Annual administration report of the Civil Veterinary Department of India - 1894-1895
Year: 1894
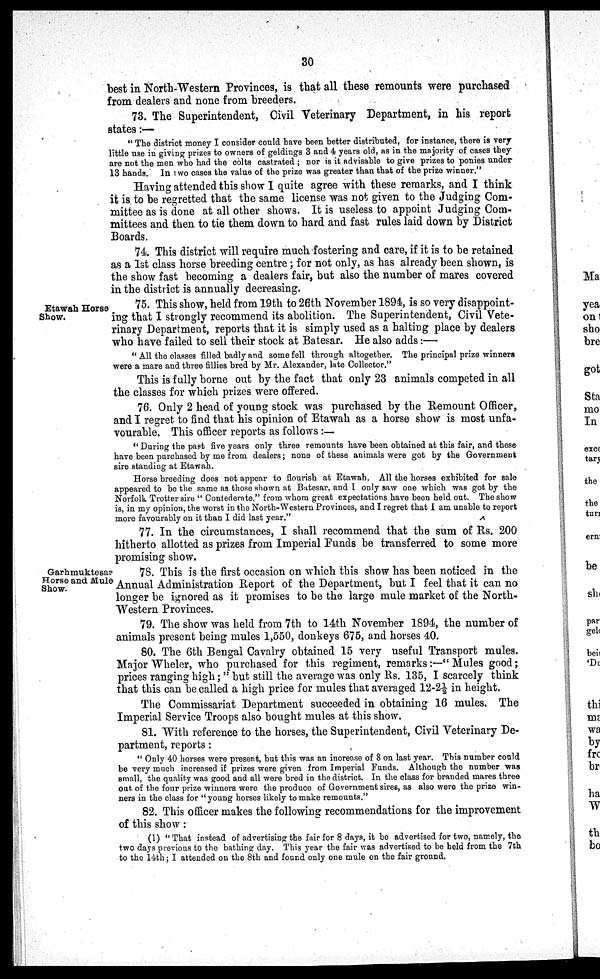
30
best in North-Western Provinces, is that all these remounts were purchased
from dealers and none from breeders.
73. The Superintendent, Civil Veterinary Department, in his report
states:—
" The district money I consider could have been better distributed, for instance, there is very
little use in giving prizes to owners of geldings 3 and 4 years old, as in the majority of cases they
are not the men who had the colts castrated ; nor is it advisable to give prizes to ponies under
13 hands. In two cases the value of the prize was greater than that of the prize winner."
Having attended this show I quite agree with these remarks, and I think
it is to be regretted that the same license was not given to the Judging Com-
mittee as is done at all other shows. It is useless to appoint Judging Com-
mittees and then to tie them down to hard and fast rules laid down by District
Boards.
74. This district will require much fostering and care, if it is to be retained
as a 1st class horse breeding centre ; for not only, as has already been shown, is
the show fast becoming a dealers fair, but also the number of mares covered
in the district is annually decreasing.
Etawah Horse
Show.
75. This show, held from 19th to 26th November 1894, is so very disappoint-
ing that I strongly recommend its abolition. The Superintendent, Civil Vete-
rinary Department, reports that it is simply used as a halting place by dealers
who have failed to sell their stock at Batesar. He also adds:—
" All the classes filled badly and some fell through altogether. The principal prize winners
were a mare and three fillies bred by Mr. Alexander, late Collector."
This is fully borne out by the fact that only 23 animals competed in all
the classes for which prizes were offered.
76. Only 2 head of young stock was purchased by the Remount Officer,
and I regret to find that his opinion of Etawah as a horse show is most unfa-
vourable. This officer reports as follows :—
" During the past five years only three remounts have been obtained at this fair, and these
have been purchased by me from dealers; none of these animals were got by the Government
sire standing at Etawah.
Horse breeding does not appear to flourish at Etawah. All the horses exhibited for sale
appeared to be the same as those shown at Batesar, and I only saw one which was got by the
Norfolk Trotter sire " Contederate," from whom great expectations have been held out. The show
is, in my opinion, the worst in the North-Western Provinces, and I regret that I am unable to report
more favourably on it than I did last year."
77. In the circumstances, I shall recommend that the sum of Rs. 200
hitherto allotted as prizes from Imperial Funds be transferred to some more
promising show.
Garhmuktesar
Horse and Mule
Show.
78. This is the first occasion on which this show has been noticed in the
Annual Administration Report of the Department, but I feel that it can no
longer be ignored as it promises to be the large mule market of the North-
Western Provinces.
79. The show was held from 7th to 14th November 1894, the number of
animals present being mules 1,550, donkeys 675, and horses 40.
80. The 6th Bengal Cavalry obtained 15 very useful Transport mules.
Major Wheler, who purchased for this regiment, remarks:—" Mules good;
prices ranging high;" but still the average was only Rs. 135, I scarcely think
that this can be called a high price for mules that averaged 12-2½ in height.
The Commissariat Department succeeded in obtaining 16 mules. The
Imperial Service Troops also bought mules at this show.
81. With reference to the horses, the Superintendent, Civil Veterinary De-
partment, reports:
" Only 40 horses were present, but this was an increase of 8 on last year. This number could
be very much increased if prizes were given from Imperial Funds. Although the number was
small, the quality was good and all were bred in the district. In the class for branded mares three
out of the four prize winners were the produce of Government sires, as also were the prize win-
ners in the class for "young horses likely to make remounts."
82. This officer makes the following recommendations for the improvement
of this show :
(1) " That instead of advertising the fair for 8 days, it be advertised for two, namely, the
two days previous to the bathing day. This year the fair was advertised to be held from the 7th
to the 14th; I attended on the 8th and found only one mule on the fair ground.